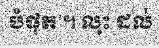
បំផុត ។ លុះ ដល់